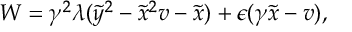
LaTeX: W = \gamma ^ { 2 } \lambda ( \tilde { y } ^ { 2 } - \tilde { x } ^ { 2 } v - \tilde { x } ) + \epsilon ( \gamma \tilde { x } - v ) ,